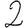
Digit: 2